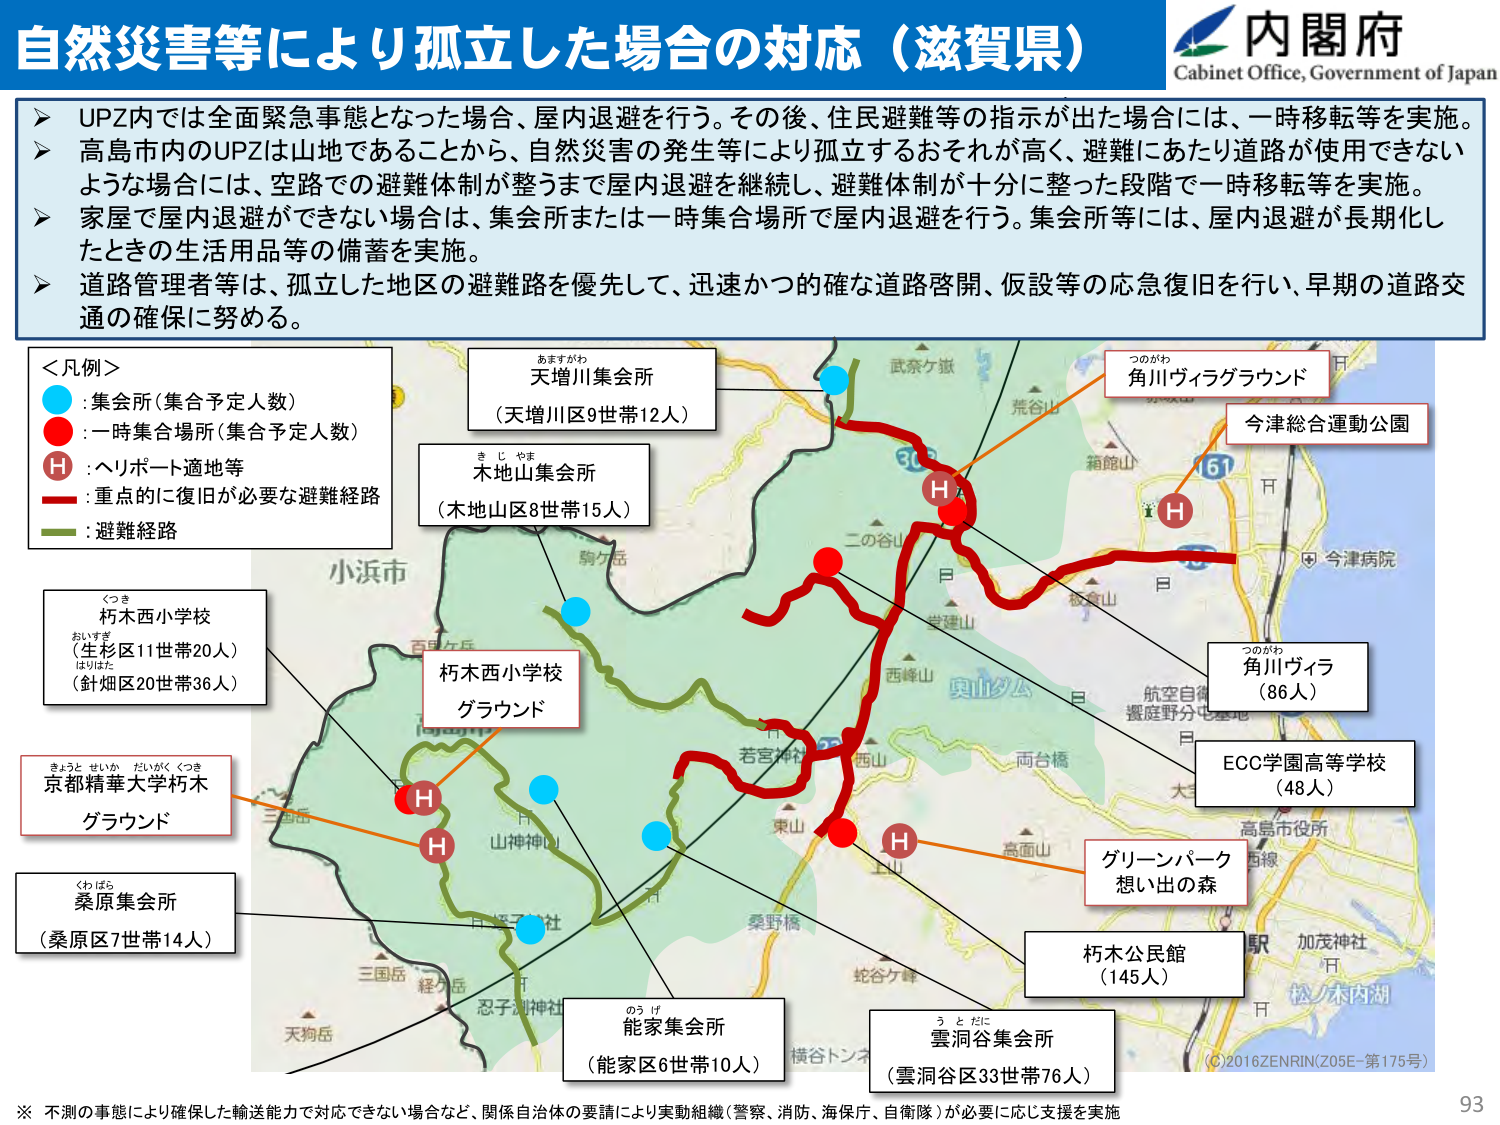
自然災害等により孤立した場合の対応（滋賀県）

内閣府
Cabinet Office, Government of Japan

▶ UPZ内では全面緊急事態となった場合、屋内退避を行う。その後、住民避難等の指示が出た場合には、一時移転等を実施。
▶ 高島市内のUPZは山地であることから、自然災害の発生等により孤立するおそれが高く、避難にあたり道路が使用できないような場合には、空路での避難体制が整うまで屋内退避を継続し、避難体制が十分に整った段階で一時移転等を実施。
▶ 家屋で屋内退避ができない場合は、集会所または一時集合場所で屋内退避を行う。集会所等には、屋内退避が長期化したときの生活用品等の備蓄を実施。
▶ 道路管理者等は、孤立した地区の避難路を優先して、迅速かつ的確な道路啓開、仮設等の応急復旧を行い、早期の道路交通の確保に努める。

＜凡例＞
● : 集会所（集合予定人数）
● : 一時集合場所（集合予定人数）
H : ヘリポート適地等
赤線 : 重点的に復旧が必要な避難経路
緑線 : 避難経路

あますがわ
天増川集会所
（天増川区9世帯12人）

き し やま
木地山集会所
（木地山区8世帯15人）

つのがわ
角川ヴィラグラウンド

今津総合運動公園

くつき
朽木西小学校
おいすぎ
（生杉区11世帯20人）
はりはた
（針畑区20世帯36人）

朽木西小学校
グラウンド

きょうと せいか だいがく くつき
京都精華大学朽木
グラウンド

くわばら
桑原集会所
（桑原区7世帯14人）

つのがわ
角川ヴィラ
（86人）

EOC学園高等学校
（48人）

グリーンパーク
想い出の森

朽木公民館
（145人）

のう げ
能家集会所
（能家区6世帯10人）

う と だに
雲洞谷集会所
（雲洞谷区33世帯76人）

※ 不測の事態により確保した輸送能力で対応できない場合など、関係自治体の要請により実動組織（警察、消防、海保、自衛隊）が必要に応じ支援を実施

(C)2016 ZENRIN/Z05E-第175号
93